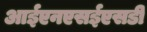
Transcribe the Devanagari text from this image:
आईएनएसईएसडी